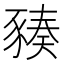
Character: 𧱪